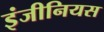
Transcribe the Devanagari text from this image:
इंजीनियस